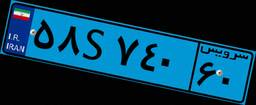
۵۸S۷۴۰۶۰